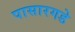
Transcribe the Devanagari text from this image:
पासारगडे